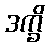
ဒက္ခိ